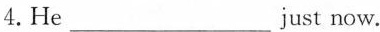
4.He___just now.